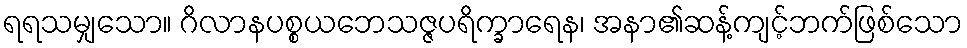
ရရသမျှသော။ ဂိလာနပစ္စယဘေသဇ္ဇပရိက္ခာရေန၊ အနာ၏ဆန့်ကျင့်ဘက်ဖြစ်သော